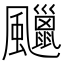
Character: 𩙑